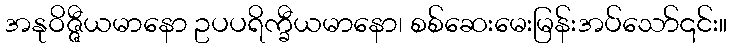
အနုဝိဇ္ဇီယမာနော ဥပပရိက္ခီယမာနော၊ စစ်ဆေးမေးမြန်းအပ်သော်၎င်း။